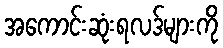
အကောင်းဆုံးရလဒ်များကို